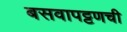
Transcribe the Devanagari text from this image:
बसवापट्टणची